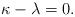
LaTeX: \begin{align*}\kappa-\lambda=0. \end{align*}